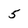
Character: 5